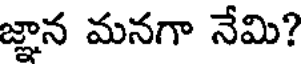
జ్ఞాన మనగా నేమి?